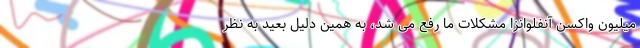
میلیون واکسن آنفلوانزا مشکلات ما رفع می شد، به همین دلیل بعید به نظر